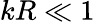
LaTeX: kR\ll 1